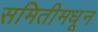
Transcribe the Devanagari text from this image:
समितीमधून